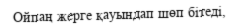
Ойпаң жерге қауындап шөп бітеді,